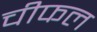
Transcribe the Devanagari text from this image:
चीफल